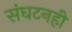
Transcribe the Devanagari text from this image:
संघटनही